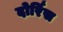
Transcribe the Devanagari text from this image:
दोर्रिस